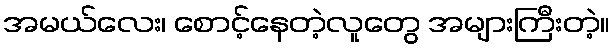
အမယ်လေး၊ စောင့်နေတဲ့လူတွေ အများကြီးတဲ့။